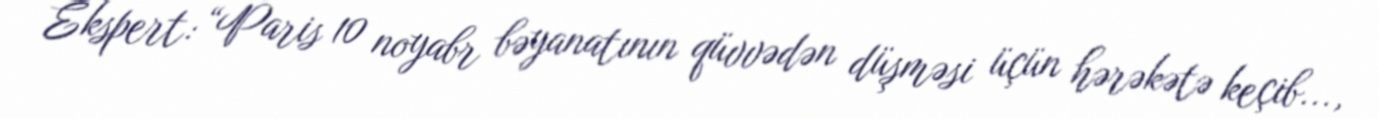
Ekspert: “Paris 10 noyabr bəyanatının qüvvədən düşməsi üçün hərəkətə keçib...,